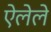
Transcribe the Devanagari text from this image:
ऐलेले